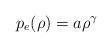
LaTeX: \begin{align*}p_e(\rho)=a\rho^\gamma\end{align*}